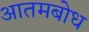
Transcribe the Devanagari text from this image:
आतमबोध